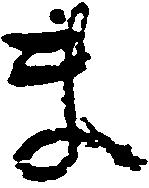
ま